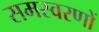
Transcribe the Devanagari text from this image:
समस्वरणों